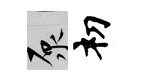
原𥘉